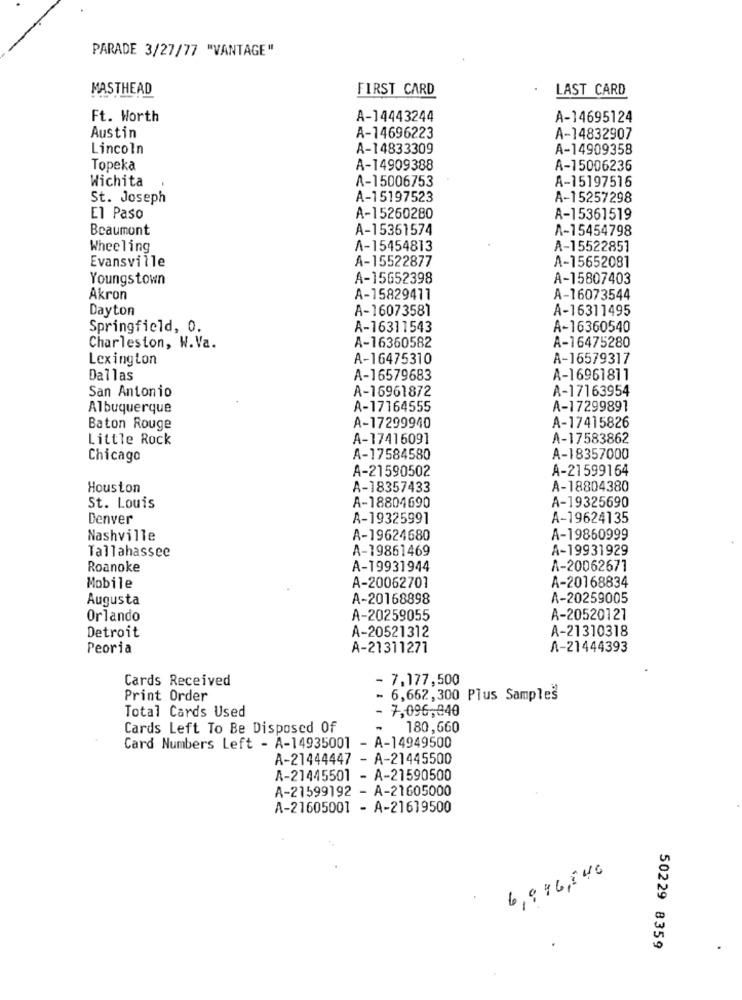
PARADE 3/27/77 "VANTAGE"
MASTHEAD
FIRST CARD
LAST CARD
Ft. Worth
A-14443244
A-14695124
Austin
A-14696223
A-14832907
Lincoln
A-14833309
A-14909358
Topeka
A-14909388
A-15006236
Wichita
A-15006753
A-15197516
St. Joseph
A-15197523
A-15257298
El Paso
A-15260280
A-15361519
Beaumont
A-15361574
A-15454798
Wheeling
A-15454813
A-15522851
Evansville
A-15522877
A-15652081
Youngstown
A-15652398
A-15807403
Akron
A-15829411
A-16073544
Dayton
A-16073581
A-16311495
Springfield, 0.
A-16311543
A-16360540
A-16360582
Charleston, W.Va.
A-16475280
Lexington
A-16475310
A-16579317
Dallas
A-16579683
A-16961811
San Antonio
A-16961872
A-17163954
Albuquerque
A-17164555
A-17299891
Baton Rouge
A-17299940
A-17415826
Little Rock
A-17416091
A-17583862
Chicago
A-17584580
A-18357000
A-21590502
A-21599164
Houston
A-18357433
A-18804380
A-19325690
St. Louis
A-18804690
Denver
A-19325991
A-19624135
Nashville
A-19624680
A-19860999
Tallahassee
A-19861469
A-19931929
Roanoke
A-19931944
A-20062671
Mobile
A-20062701
A-20168834
Augusta
A-20168898
A-20259005
Orlando
A-20259055
A-20520127
A-21310318
Detroit
A-20521312
Peoria
A-21311271
A-21444393
Cards Received
- 7,177,500
Print Order
6,662, 300 Plus Samples
Total Cards Used
- 7,096,940
Cards Left To Be Disposed Of
180,660
Card Numbers Left - A-14935001 - A-14949500
A-21444447 - A-21445500
A-21445501 - A-21590500
A-21599192 - A-21605000
A-21605001 - A-21619500
6,9 96,840
50229 8359